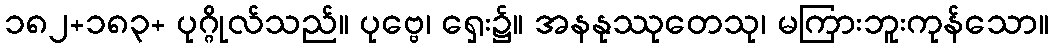
၁၈၂+၁၈၃+ ပုဂ္ဂိုလ်သည်။ ပုဗ္ဗေ၊ ရှေး၌။ အနနုဿုတေသု၊ မကြားဘူးကုန်သော။